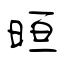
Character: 晅